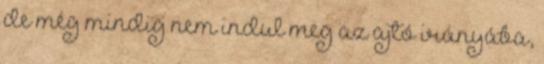
de még mindig nem indul meg az ajtó irányába,